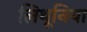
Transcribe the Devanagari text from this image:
लिथूनिया